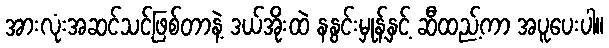
အားလုံးအဆင်သင့်ဖြစ်တာနဲ့ ဒယ်အိုးထဲ နနွင်းမှုန့်နှင့် ဆီထည့်ကာ အပူပေးပါ။